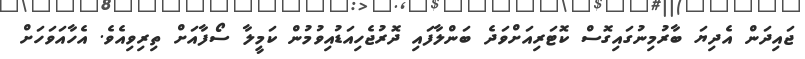
ޖައިދަން އެދިޔަ ބާރުމިނުގައިގޮސް ކޮޓަރިއަށްވަދެ ބަންލާފައި ދޮރުޖެހިއަޑުއިވުމުން ކަމީލާ ސޯފާއަށް ތިރިވިއެވެ. އެހާއަވަހަށް